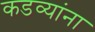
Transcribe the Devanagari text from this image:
कडव्यांना